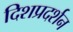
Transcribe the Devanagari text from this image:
दिशप्रदर्शन